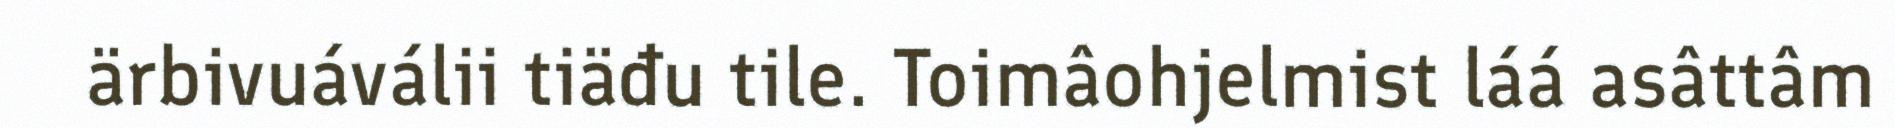
ärbivuáválii tiäđu tile. Toimâohjelmist láá asâttâm